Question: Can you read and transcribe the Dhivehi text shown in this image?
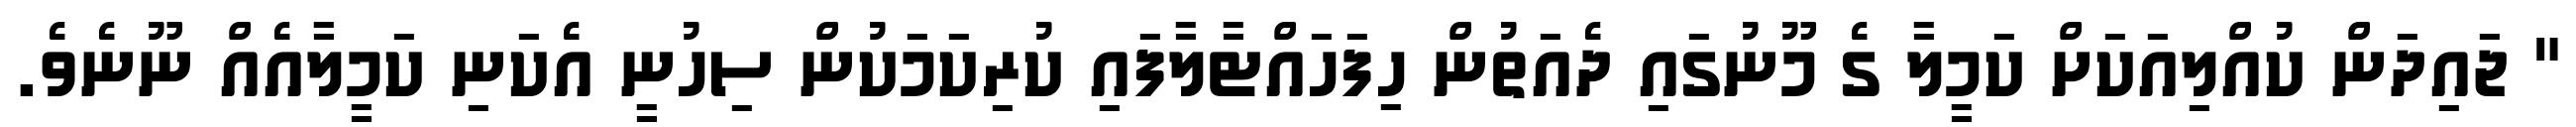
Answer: " ޖައިދަން ކުއްލިއަކަށް ކަމީލާ ގެ މޫނުގައި ދެއަތުން ހިފަހައްޓާލާފައި ކުރިކަމަކުން ސިހުނީ އެކަނި ކަމީލާއެއް ނޫނެވެ.